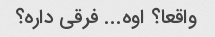
واقعا؟ اوه... فرقی داره؟